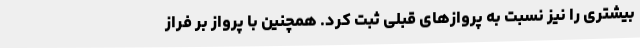
بیشتری را نیز نسبت به پروازهای قبلی ثبت کرد. همچنین با پرواز بر فراز